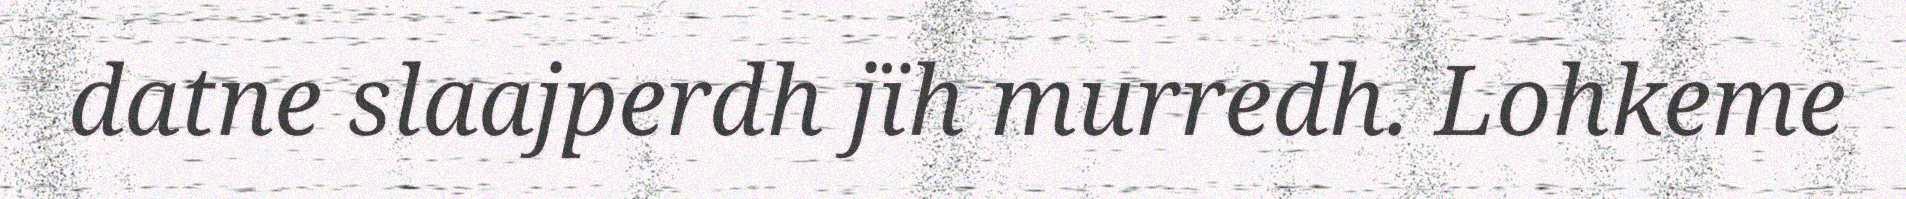
datne slaajperdh jïh murredh. Lohkeme